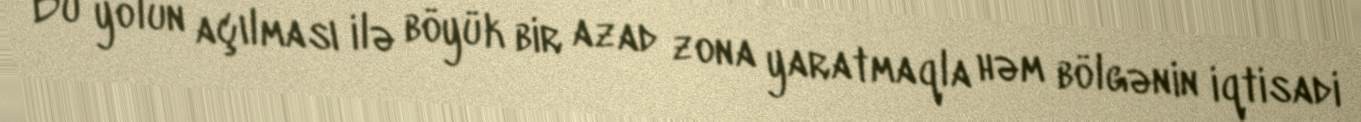
Bu yolun açılması ilə böyük bir azad zona yaratmaqla həm bölgənin iqtisadi